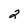
Character: 2